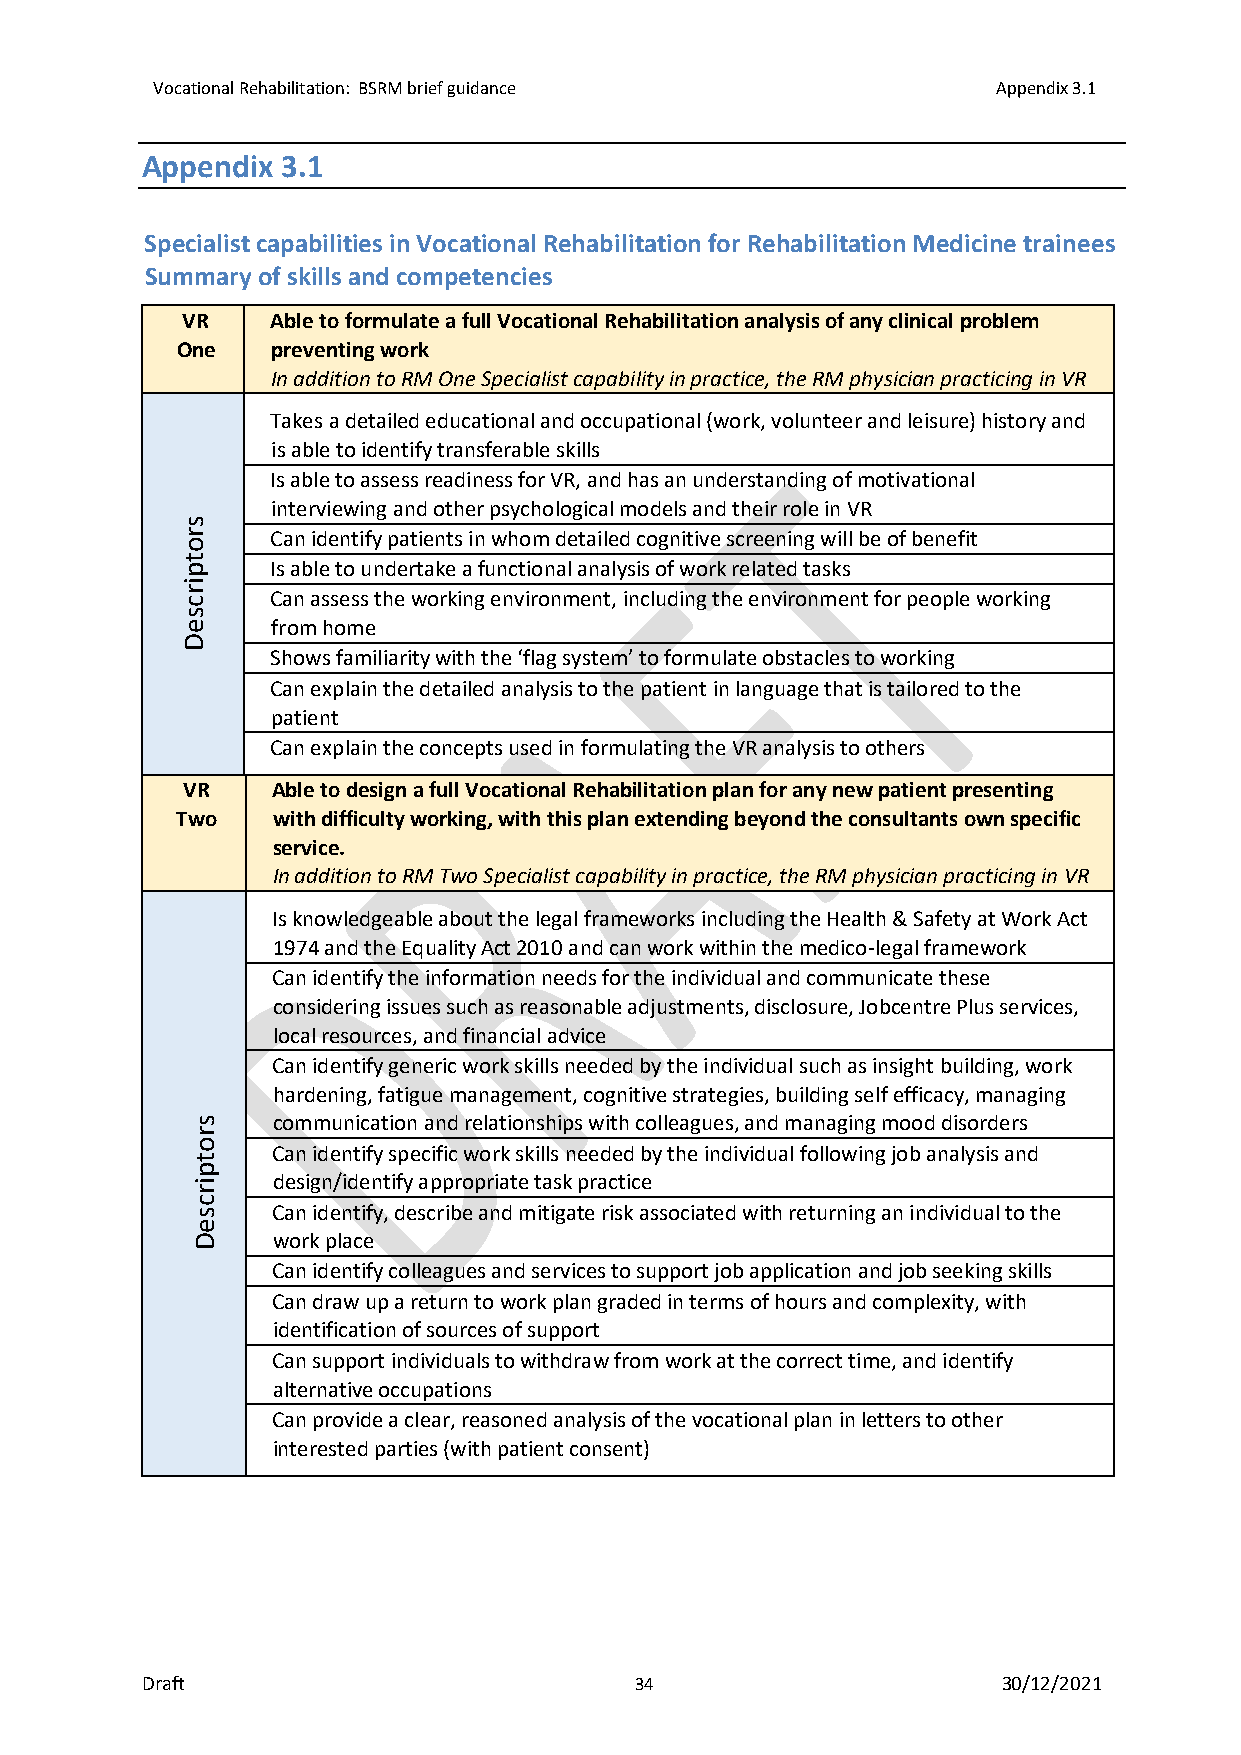
Vocational Rehabilitation: BSRM brief guidance          Appendix 3.1
 Appendix  3.1
 Specialist capabilities in Vocational Rehabilitation for Rehabilitation Medicine trainees
 Summary of skills and competencies
 VR    Able to formulate a full Vocational Rehabilitation analysis of any clinical problem
 One   preventing work
 In addition to RM One Specialist capability in practice, the RM physician practicing in VR
 Takes a detailed educational and occupational (work, volunteer and leisure) history and
 is able to identify transferable skills
 Is able to assess readiness for VR, and has an understanding of motivational
 interviewing and other psychological models and their role in VR
 s
 r     Can identify patients in whom detailed cognitive screening will be of benefit
 o
 t
 p     Is able to undertake a functional analysis of work related tasks
 i
 r c   Can assess the working environment, including the environment for people working
 s
 e     from home
 D
 Shows familiarity with the ‘flag system’ to formulate obstacles to working
 Can explain the detailed analysis to the patient in language that is tailored to the
 patient
 Can explain the concepts used in formulating the VR analysis to others
 VR    Able to design a full Vocational Rehabilitation plan for any new patient presenting
 Two   with difficulty working, with this plan extending beyond the consultants own specific
 service.
 In addition to RM Two Specialist capability in practice, the RM physician practicing in VR
 Is knowledgeable about the legal frameworks including the Health & Safety at Work Act
 1974 and the Equality Act 2010 and can work within the medico-legal framework
 Can identify the information needs for the individual and communicate these
 considering issues such as reasonable adjustments, disclosure, Jobcentre Plus services,
 local resources, and financial advice
 Can identify generic work skills needed by the individual such as insight building, work
 hardening, fatigue management, cognitive strategies, building self efficacy, managing
 s    communication and relationships with colleagues, and managing mood disorders
 r
 o
 Can identify specific work skills needed by the individual following job analysis and
 t
 p
 i    design/identify appropriate task practice
 r
 c
 s    Can identify, describe and mitigate risk associated with returning an individual to the
 e
 D    work place
 Can identify colleagues and services to support job application and job seeking skills
 Can draw up a return to work plan graded in terms of hours and complexity, with
 identification of sources of support
 Can support individuals to withdraw from work at the correct time, and identify
 alternative occupations
 Can provide a clear, reasoned analysis of the vocational plan in letters to other
 interested parties (with patient consent)
 Draft                            34                      30/12/2021